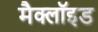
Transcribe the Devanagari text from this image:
मैक्लॉइड